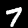
Digit: 7